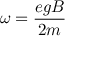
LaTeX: \omega = { \frac { e g B } { 2 m } }